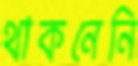
থাকনেনি